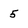
Character: 5